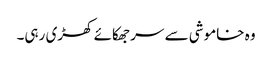
وہ خاموشی سے سر جھکائے کھڑی رہی۔